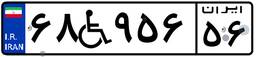
۶۸W۹۵۶۵۶